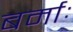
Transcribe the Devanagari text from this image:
बर्माः